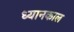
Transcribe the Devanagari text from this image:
ध्यानकाल